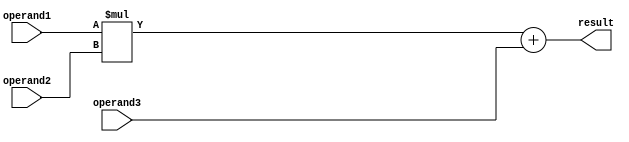
module fused_multiply_add_unit(
  input wire [31:0] operand1,
  input wire [31:0] operand2,
  input wire [31:0] operand3,
  output reg [31:0] result
);

reg [31:0] mul_result;
reg [31:0] add_result;

always @(*)
begin
  mul_result = operand1 * operand2;
  add_result = mul_result + operand3;
  result = add_result;
end

endmodule